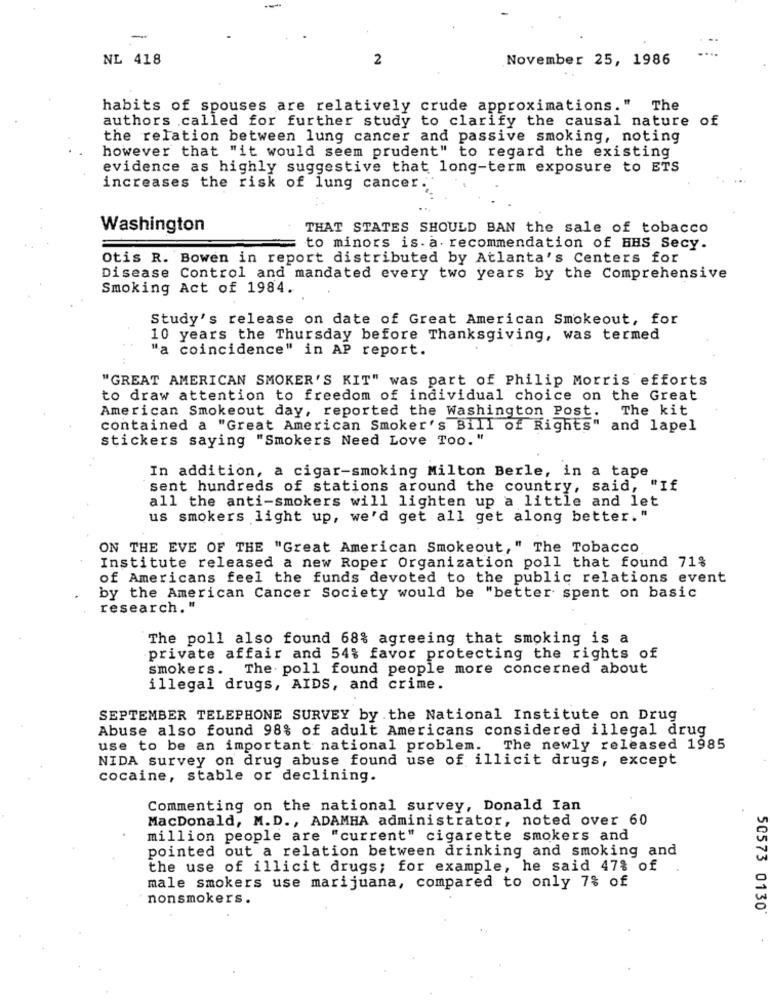
-
NL 418
2
November 25, 1986
habits of spouses are relatively crude approximations." The
authors .called for further study to clarify the causal nature of
the relation between lung cancer and passive smoking, noting
however that "it would seem prudent" to regard the existing
evidence as highly suggestive that long-term exposure to ETS
increases the risk of lung cancer.
Washington
THAT STATES SHOULD BAN the sale of tobacco
to minors is. a. recommendation of HHS Secy.
Otis R. Bowen in report distributed by Atlanta's Centers for
Disease Control and mandated every two years by the Comprehensive
Smoking Act of 1984.
Study's release on date of Great American Smokeout, for
10 years the Thursday before Thanksgiving, was termed
"a coincidence" in AP report.
"GREAT AMERICAN SMOKER'S KIT" was part of Philip Morris efforts
to draw attention to freedom of individual choice on the Great
American Smokeout day, reported the Washington Post.
The kit
contained a "Great American Smoker's Bill of Rights" and lapel
stickers saying "Smokers Need Love Too. "
In addition, a cigar-smoking Milton Berle, in a tape
sent hundreds of stations around the country, said, "If
all the anti-smokers will lighten up a little and let
us smokers light up, we'd get all get along better. "
ON THE EVE OF THE "Great American Smokeout, " The Tobacco
Institute released a new Roper Organization poll that found 71%
of Americans feel the funds devoted to the public relations event
by the American Cancer Society would be "better spent on basic
research. "
The poll also found 68% agreeing that smoking is a
private affair and 54% favor protecting the rights of
smokers.
The . poll found people more concerned about
illegal drugs, AIDS, and crime.
SEPTEMBER TELEPHONE SURVEY by .the National Institute on Drug
Abuse also found 98% of adult Americans considered illegal drug
use to be an important national problem. The newly released 1985
NIDA survey on drug abuse found use of illicit drugs, except
cocaine, stable or declining.
Commenting on the national survey, Donald Ian
MacDonald, M.D ., ADAMHA administrator, noted over 60
million people are "current" cigarette smokers and
pointed out a relation between drinking and smoking and
the use of illicit drugs; for example, he said 47% of
male smokers use marijuana, compared to only 7% of
nonsmokers.
50573 0130